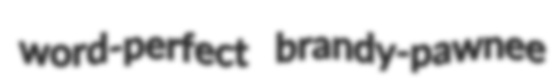
word-perfect brandy-pawnee